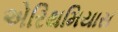
એરિથમિયાસ